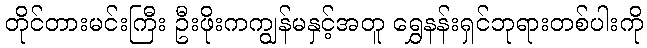
တိုင်တားမင်းကြီး ဦးဖိုးကကျွန်မနှင့်အတူ ရွှေနန်းရှင်ဘုရားတစ်ပါးကို